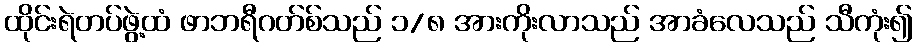
ထိုင်းရဲတပ်ဖွဲ့ထံ ဖာဘရီဂတ်စ်သည် ၁/၈ အားကိုးလာသည် အာခံလေသည် သီကုံး၍